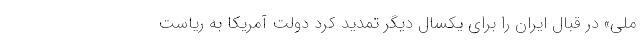
ملی» در قبال ایران را برای یکسال دیگر تمدید کرد دولت آمریکا به ریاست